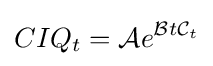
CIQ_{t}={\mathcal {A}}e^{{\mathcal {B}}t{\mathcal {C}}_{t}}